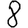
Digit: 8